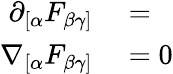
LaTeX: \begin{array}{rl}{\partial_{[\alpha}F_{\beta\gamma]}}&{{}=}\\ {\nabla_{[\alpha}F_{\beta\gamma]}}&{{}=0}\end{array}